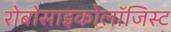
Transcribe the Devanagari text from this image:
रोबोसाइकोलॉजिस्ट